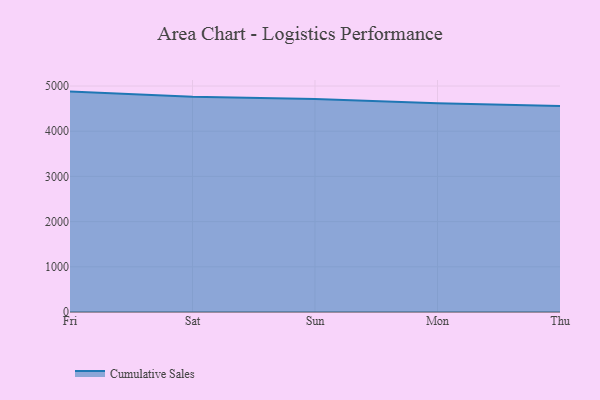
{"axis": {"x": "Day", "y": "Inventory Turnover"}, "legend": ["Cumulative Sales"], "data": [{"x": "Fri", "y": 4877.0, "type": "Cumulative Sales"}, {"x": "Sat", "y": 4761.9, "type": "Cumulative Sales"}, {"x": "Sun", "y": 4715.4, "type": "Cumulative Sales"}, {"x": "Mon", "y": 4620.6, "type": "Cumulative Sales"}, {"x": "Thu", "y": 4557.3, "type": "Cumulative Sales"}]}